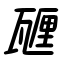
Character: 甅